Medical and sanitary report of the native army of Bengal for the year
Year: 1876
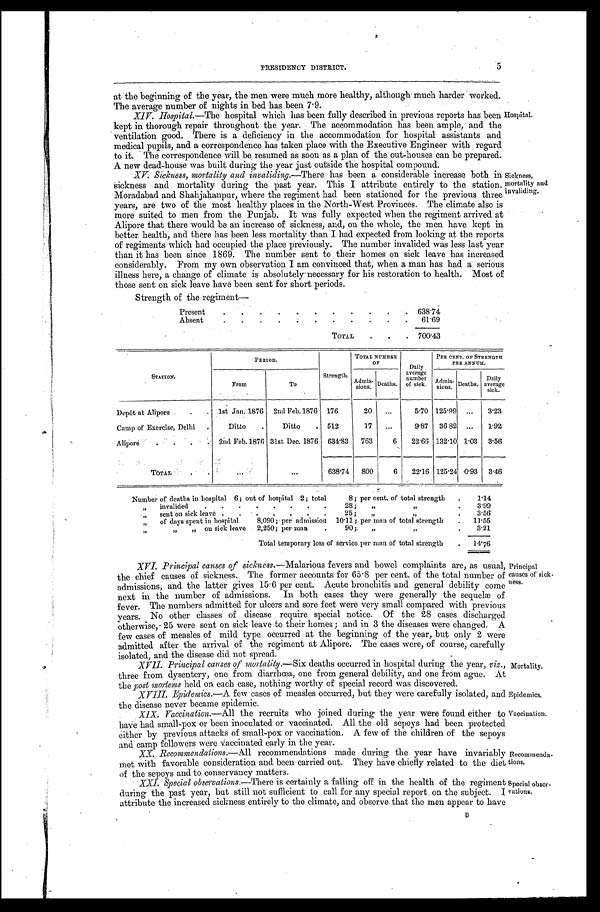
PRESIDENCY DISTRICT.
5
at the beginning of the year, the men were much more healthy, although much harder worked.
The average number of nights in bed has been 7.9.
X I V . H o s p i t a l . — T h e h o s p i t a l w h i c h h a s b e e n f u l l y d e s c r i b e d i n p r e v i o u s r e p o r t s h a s b e e n
kept in thorough repair throughout the year. The accommodation has been ample, and the
ventilation good. There is a deficiency in the accommodation for hospital assistants and
medical pupils, and a correspondence has taken place with the Executive Engineer with regard
to it. The correspondence will be resumed as soon as a plan of the out-houses can be prepared.
A new dead-house was built during the year just outside the hospital compound.
X V . S i c k n e s s , m o r t a l i t y a n d i n v a l i d i n g . — T h e r e h a s b e e n a c o n s i d e r a b l e i n c r e a s e b o t h i n
sickness and mortality during the past year. This I attribute entirely to the station.
Mor a da ba d a nd Sha hj a ha npur , whe r e t he r e gi me nt ha d be e n s t a t i one d f or t he pr e vi ous t hr e e
years, are two of the most healthy places in the North-West Provinces. The climate also is
more suited to men from the Punjab. It was fully expected when the regiment arrived at
Alipore that there would be an increase of sickness, and, on the whole, the men have kept in
better health, and there has been less mortality than I had expected from looking at the reports
of regiments which had occupied the place previously. The number invalided was less last year
than it has been since 1869. The number sent to their homes on sick leave has increased
considerably. From my own observation I am convinced that, when a man has had a serious
illness here, a change of climate is absolutely necessary for his restoration to health. Most of
those sent on sick leave have been sent for short periods.
Strength of the regiment
Hospital.
Sickness,
mortality and
invaliding.
Present
6 3 8 . 7 4
Absent
6 1 . 6 9
TOTAL
7 0 0 . 4 3
PERIOD.
Strength.
TOTAL NUMBER
OF
Daily
average n u m b e r
of sick.
PER CENT. OF STRENGTH
PER ANNUM.
STATION.
From
To
Admis- s i o n s . Deaths.
Admis- sions. Deaths. Daily
average sick.
Depôt at Alipore 1st Jan. 1876 2nd Feb. 1876 176
20
5.70 125.99
3.23
Camp of Exercise, Delhi
Ditto
Ditto
512
17
9.87 36.82
1.92
Alipore
2nd Feb. 1876 31st Dec. 1876 634.83 763 6 22.66 132.10 1.03 3.56
TOTAL
638.74 800 6 22.16 125.24 0.93 3.46
Number of deaths in hospital 6; out of hospital 2; total 8; per cent. of total strength
1 . 1 4
„
invalided 28; „ „ 3 . 9 9
„ sent on sick leave 25;„ „
3.56
„
of days spent in hospital 8,090; per admission 10.11; per man of total strength 11.55
„ „ on sick leave 2,250; per man 90; „ „
3.21
Total temporary loss of service per man of total strength
1 4 . 7 6
XVI. Principal causes of sickness. —Malarious fevers and bowel complaints are, as usual,
the chief causes of sickness. The former accounts for 65.8 per cent. of the total number of
admissions, and the latter gives 15.6 per cent. Acute bronchitis and general debility come
next in the number of admissions. In both cases they were generally the sequelæ of
fever. The numbers admitted for ulcers and sore feet were very small compared with previous
years. No other classes of disease require special notice. Of the 28 cases discharged
otherwise, 25 were sent on sick leave to their homes; and in 3 the diseases were changed. A
few cases of measles of mild type occurred at the beginning of the year, .but only 2 were
admitted after the arrival of the regiment at Alipore. The cases were, Of course, carefully
isolated, and the disease did not spread.
XVII. Principal causes of mortality. —Six deaths occurred 'in hospital during the year, viz.,
three from dysentery, one from diarrhœa, one from general debility, and one from ague. At
the post mortems held on each case, nothing worthy of special record was discovered.
XVIII. Epidemics. —A few cases of measles occurred, but they were carefully isolated, and
the disease never became epidemic.
XIX. Vaccination. —All the recruits who joined during the year were found either to
have had small-pox or been inoculated or vaccinated. All the old sepoys had been protected
either by previous attacks of small-pox or vaccination. A few of the children of the sepoys
and camp followers were vaccinated early in the year.
XX. Recommendations. —All recommendations made during the year have invariably
met with favorable consideration and been carried out. They have chiefly related to the diet
of the sepoys and to conservancy matters.
XXI. Special observations.—There is certainly a falling off in the health of the regiment
during the past year, but still not sufficient to call for any special report. on the subject. I
attribute the increased sickness entirely to the climate, and observe that the men appear to have B
Principal
causes of sick-
ness.
Mortality.
Epidemics.
Vaccination.
Recommenda-
tions.
Special obser
-vations.